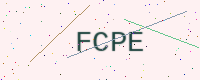
Text: FCPE